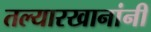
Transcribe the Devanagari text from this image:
तल्यारखानांनी